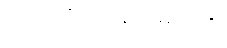
တံ - ထိုမာရ်နတ်မင်းကို၊